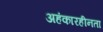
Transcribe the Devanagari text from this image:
अहंकारहीनता